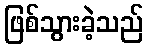
ဖြစ်သွားခဲ့သည်